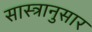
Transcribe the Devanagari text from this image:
सास्त्रानुसार